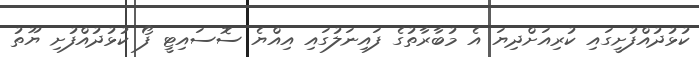
ކުޅުދުއްފުށީގައި ކުރިއަށްދިޔަ އެ މުބާރާތުގެ ފައިނަލުގައި އިއްޔެ ސޮސައިޓީ ފޯ ކުޅުދުއްފުށި ޔޫތު